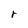
Character: r